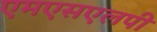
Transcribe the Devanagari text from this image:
एमएसएलपी